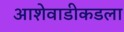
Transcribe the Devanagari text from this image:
आशेवाडीकडला